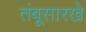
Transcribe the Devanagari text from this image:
तंबूसारखे